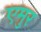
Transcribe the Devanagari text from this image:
एमुर